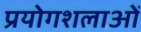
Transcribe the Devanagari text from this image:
प्रयोगशलाओं